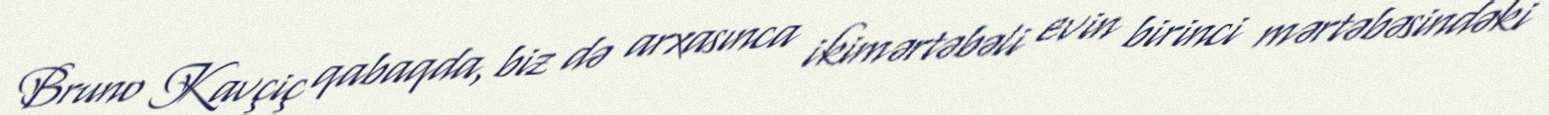
Bruno Kavçiç qabaqda, biz də arxasınca ikimərtəbəli evin birinci mərtəbəsindəki